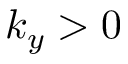
k _ { y } > 0